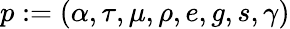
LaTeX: p:=(\alpha,\tau,\mu,\rho,e,g,s,\gamma)